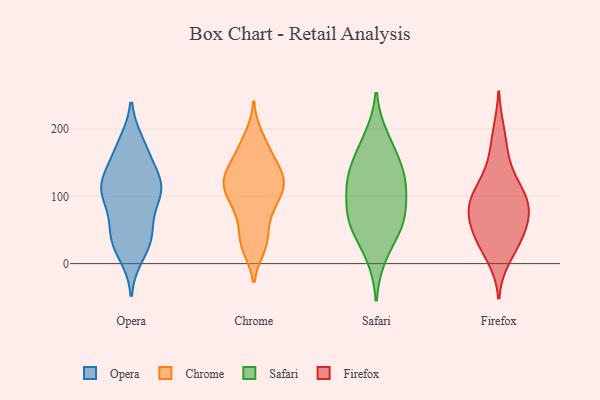
{"axis": {"x": "Demand Index", "y": "Value"}, "legend": ["Chrome", "Firefox", "Opera", "Safari"], "data": [{"x": "", "y": 38, "type": "Opera"}, {"x": "", "y": 110, "type": "Opera"}, {"x": "", "y": 105, "type": "Opera"}, {"x": "", "y": 176, "type": "Opera"}, {"x": "", "y": 115, "type": "Opera"}, {"x": "", "y": 50, "type": "Opera"}, {"x": "", "y": 39, "type": "Opera"}, {"x": "", "y": 15, "type": "Opera"}, {"x": "", "y": 170, "type": "Opera"}, {"x": "", "y": 98, "type": "Opera"}, {"x": "", "y": 110, "type": "Opera"}, {"x": "", "y": 162, "type": "Opera"}, {"x": "", "y": 117, "type": "Opera"}, {"x": "", "y": 123, "type": "Opera"}, {"x": "", "y": 41, "type": "Opera"}, {"x": "", "y": 190, "type": "Chrome"}, {"x": "", "y": 118, "type": "Chrome"}, {"x": "", "y": 90, "type": "Chrome"}, {"x": "", "y": 134, "type": "Chrome"}, {"x": "", "y": 31, "type": "Chrome"}, {"x": "", "y": 122, "type": "Chrome"}, {"x": "", "y": 99, "type": "Chrome"}, {"x": "", "y": 24, "type": "Chrome"}, {"x": "", "y": 31, "type": "Chrome"}, {"x": "", "y": 76, "type": "Chrome"}, {"x": "", "y": 167, "type": "Chrome"}, {"x": "", "y": 97, "type": "Chrome"}, {"x": "", "y": 147, "type": "Chrome"}, {"x": "", "y": 171, "type": "Chrome"}, {"x": "", "y": 59, "type": "Chrome"}, {"x": "", "y": 125, "type": "Chrome"}, {"x": "", "y": 134, "type": "Chrome"}, {"x": "", "y": 118, "type": "Chrome"}, {"x": "", "y": 54, "type": "Safari"}, {"x": "", "y": 137, "type": "Safari"}, {"x": "", "y": 129, "type": "Safari"}, {"x": "", "y": 104, "type": "Safari"}, {"x": "", "y": 187, "type": "Safari"}, {"x": "", "y": 69, "type": "Safari"}, {"x": "", "y": 59, "type": "Safari"}, {"x": "", "y": 132, "type": "Safari"}, {"x": "", "y": 12, "type": "Safari"}, {"x": "", "y": 63, "type": "Safari"}, {"x": "", "y": 105, "type": "Safari"}, {"x": "", "y": 169, "type": "Safari"}, {"x": "", "y": 102, "type": "Firefox"}, {"x": "", "y": 69, "type": "Firefox"}, {"x": "", "y": 194, "type": "Firefox"}, {"x": "", "y": 162, "type": "Firefox"}, {"x": "", "y": 27, "type": "Firefox"}, {"x": "", "y": 86, "type": "Firefox"}, {"x": "", "y": 82, "type": "Firefox"}, {"x": "", "y": 41, "type": "Firefox"}, {"x": "", "y": 89, "type": "Firefox"}, {"x": "", "y": 10, "type": "Firefox"}, {"x": "", "y": 125, "type": "Firefox"}, {"x": "", "y": 81, "type": "Firefox"}, {"x": "", "y": 115, "type": "Firefox"}, {"x": "", "y": 39, "type": "Firefox"}, {"x": "", "y": 52, "type": "Firefox"}]}